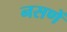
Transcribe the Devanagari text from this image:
नसणें